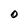
Character: O